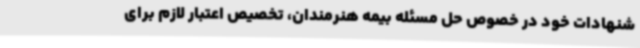
شنهادات خود در خصوص حل مسئله بیمه هنرمندان، تخصیص اعتبار لازم برای